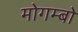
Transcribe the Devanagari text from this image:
मोगम्बो